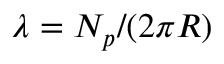
\lambda = N _ { p } / ( 2 \pi R )